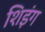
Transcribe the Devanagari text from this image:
शिइंग